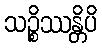
သဉ္စိဿန္တိပိ